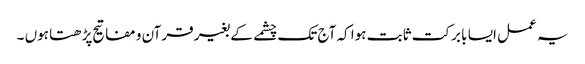
یہ عمل ایسا با برکت ثابت ہوا کہ آج تک چشمے کے بغیر قرآن و مفاتیح پڑھتا ہوں ۔